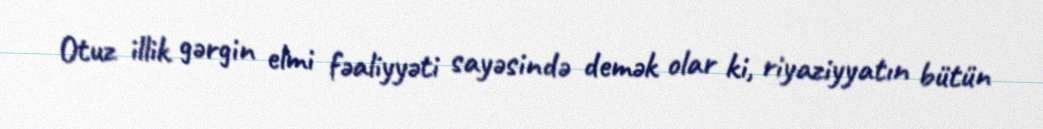
Otuz illik gərgin elmi fəaliyyəti sayəsində demək olar ki, riyaziyyatın bütün